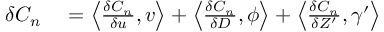
\begin{array} { r l } { \delta C _ { n } } & { { } = \left\langle \frac { \delta C _ { n } } { \delta u } , v \right\rangle + \left\langle \frac { \delta C _ { n } } { \delta D } , \phi \right\rangle + \left\langle \frac { \delta C _ { n } } { \delta Z ^ { \prime } } , \gamma ^ { \prime } \right\rangle } \end{array}